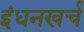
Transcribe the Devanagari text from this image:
इंधनखर्च